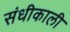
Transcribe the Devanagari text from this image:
संधीकाली